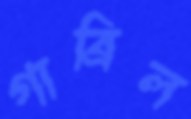
গাব্রিল